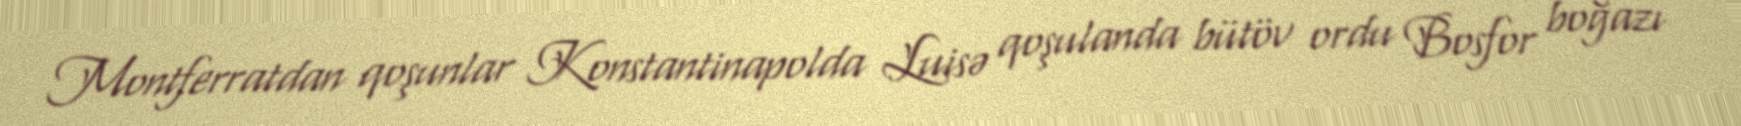
Montferratdan qoşunlar Konstantinapolda Luisə qoşulanda bütöv ordu Bosfor boğazı